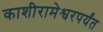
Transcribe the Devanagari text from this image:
काशीरामेश्वरपर्यंत